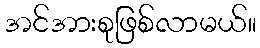
အင်အားစုဖြစ်လာမယ်။